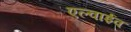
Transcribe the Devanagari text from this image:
एल्वाईव